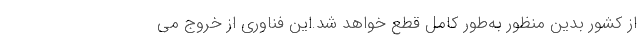
از كشور بدین منظور به‌طور كامل قطع خواهد شد.این فناوری از خروج می